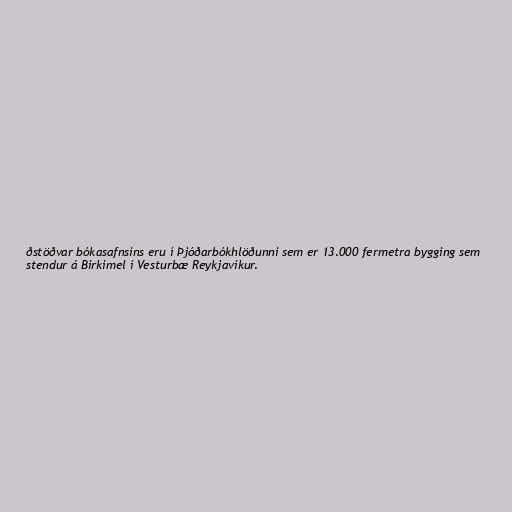
ðstöðvar bókasafnsins eru í Þjóðarbókhlöðunni sem er 13.000 fermetra bygging sem
stendur á Birkimel í Vesturbæ Reykjavíkur.